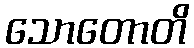
သောတောတိ